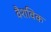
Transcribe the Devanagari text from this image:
वैशविक